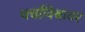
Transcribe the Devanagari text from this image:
चर्चाविश्वावर